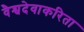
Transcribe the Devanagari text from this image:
वैश्वदेवाकरिता